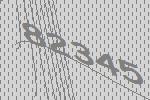
82345